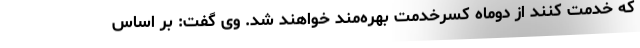
که خدمت کنند از دوماه کسرخدمت بهره‌مند خواهند شد. وی گفت: بر اساس